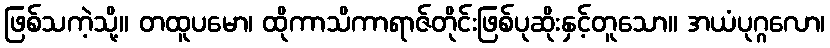
ဖြစ်သကဲ့သို့။ တထူပမော၊ ထိုကာသိကာရာဇ်တိုင်းဖြစ်ပုဆိုးနှင့်တူသော။ အယံပုဂ္ဂလော၊